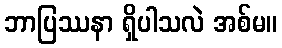
ဘာပြဿနာ ရှိပါသလဲ အစ်မ။